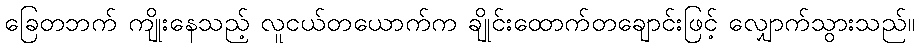
ခြေတဘက် ကျိုးနေသည့် လူငယ်တယောက်က ချိုင်းထောက်တချောင်းဖြင့် လျှောက်သွားသည်။